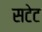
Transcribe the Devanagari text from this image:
सटेट